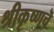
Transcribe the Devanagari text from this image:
श्रीकृष्णचॆ